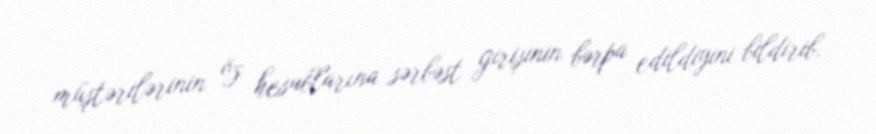
müştərilərinin öz hesablarına sərbəst girişinin bərpa edildiyini bildirib.